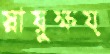
স্নায়ুক্ষয়